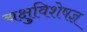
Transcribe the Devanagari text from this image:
चक्षुविशेषज्ञ